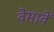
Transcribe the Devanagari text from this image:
वेसावें